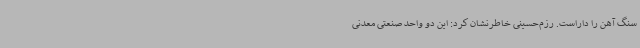
سنگ آهن را داراست. رزم‌حسینی خاطرنشان کرد: این دو واحد صنعتی معدنی